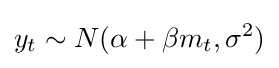
y_{t}\sim N(\alpha +\beta m_{t},\sigma ^{2})